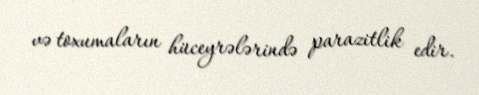
və toxumaların hüceyrələrində parazitlik edir.